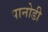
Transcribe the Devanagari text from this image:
पानोडी